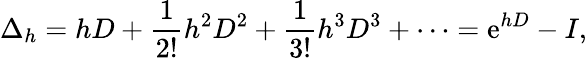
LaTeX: \Delta_{h}=hD+{\frac{1}{2!}}h^{2}D^{2}+{\frac{1}{3!}}h^{3}D^{3}+\cdots=\mathrm{e}^{hD}-I,